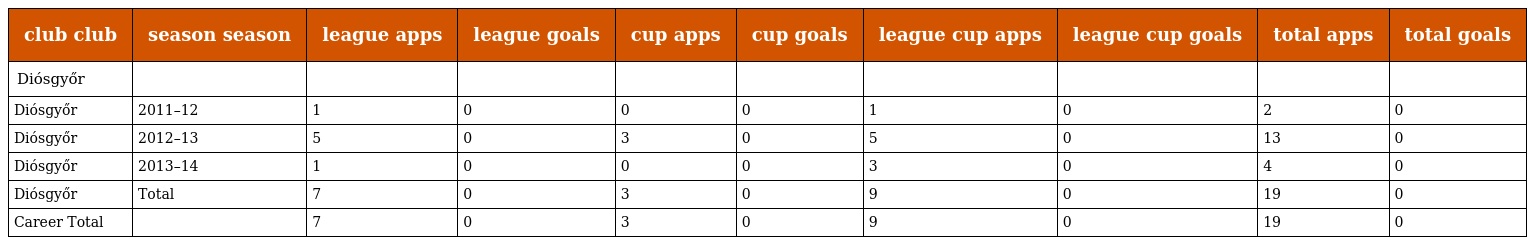
| club club | season season | league apps | league goals | cup apps | cup goals | league cup apps | league cup goals | total apps | total goals |
 | --- | --- | --- | --- | --- | --- | --- | --- | --- | --- |
 | Diósgyőr |  |  |  |  |  |  |  |  |  |
 | Diósgyőr | 2011–12 | 1 | 0 | 0 | 0 | 1 | 0 | 2 | 0 |
 | Diósgyőr | 2012–13 | 5 | 0 | 3 | 0 | 5 | 0 | 13 | 0 |
 | Diósgyőr | 2013–14 | 1 | 0 | 0 | 0 | 3 | 0 | 4 | 0 |
 | Diósgyőr | Total | 7 | 0 | 3 | 0 | 9 | 0 | 19 | 0 |
 | Career Total |  | 7 | 0 | 3 | 0 | 9 | 0 | 19 | 0 |